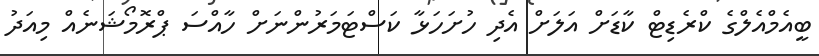
ބީއެމްއެލްގެ ކްރެޑިޓް ކާޑަށް އަލަށް އެދި ހުށަހަޅާ ކަސްޓަމަރުންނަށް ހާއްސަ ޕްރޮމޯޝަނެއް މިއަދު